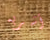
أشربه